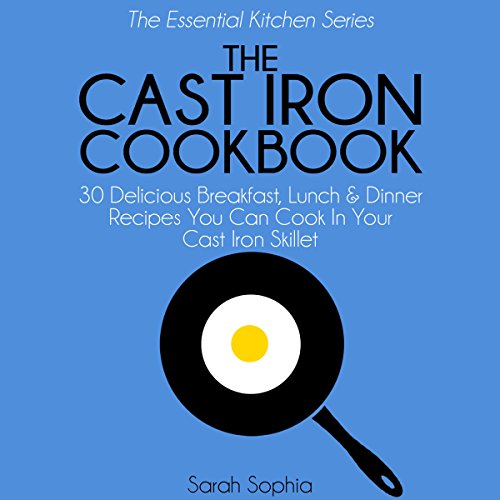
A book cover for The Cast Iron Cookbook: 30 Delicious Breakfast, Lunch and Dinner Recipes You Can Cook in Your Cast Iron Skillet: The Essential Kitchen Series, Book 3; Sarah Sophia; Cookbooks, Food & Wine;